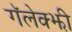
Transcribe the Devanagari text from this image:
गॅलेक्झी